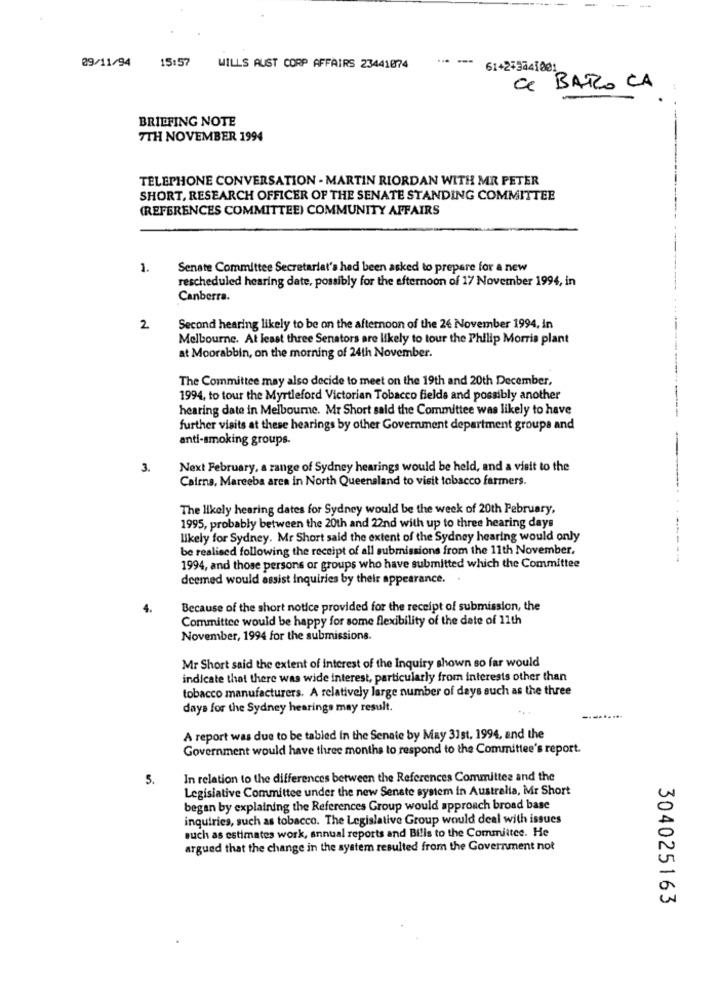
--
29/11/94
15:57
WILLS AUST CORP AFFAIRS 23441074
61+243441001
Ce BARRO LA
BRIEFING NOTE
7TH NOVEMBER 1994
TELEPHONE CONVERSATION - MARTIN RIORDAN WITH MR PETER
SHORT, RESEARCH OFFICER OF THE SENATE STANDING COMMITTEE
(REFERENCES COMMITTEE) COMMUNITY AFFAIRS
1.
Senate Committee Secretariat's had been asked to prepare for a new
rescheduled hearing date, possibly for the afternoon of 17 November 1994, in
Canberra.
2
Second hearing likely to be on the afternoon of the 26 November 1994, In
Melbourne. At least three Senators are likely to tour the Philip Morris plant
at Moorabbin, on the morning of 24th November.
The Committee may also decide to meet on the 19th and 20th December,
1994, to tour the Myrtleford Victorian Tobacco fields and possibly another
hearing date in Melbourne. Mr Short said the Committee was likely to have
further visits at these hearings by other Government department groups and
anti-smoking groups.
3.
Next February, a range of Sydney hearings would be held, and a visit to the
Cairns, Mareeba area in North Queensland to visit tobacco farmers.
The likely hearing dates for Sydney would be the week of 20th February,
1995, probably between the 20th and 22nd with up to three hearing days
likely for Sydney. Mr Short said the extent of the Sydney hearing would only
be realised following the receipt of all submissions from the 11th November,
1994, and those persons or groups who have submitted which the Committee
deemed would assist inquiries by their appearance.
4.
Because of the short notice provided for the receipt of submission, the
Committee would be happy for some flexibility of the date of 11th
November, 1994 for the submissions.
Mr Short said the extent of interest of the Inquiry shown so far would
indicate that there was wide interest, particularly from interests other than
tobacco manufacturers. A relatively large number of days such as the three
days for the Sydney hearings may result.
A report was due to be tabled in the Senate by May 31st, 1994, and the
Government would have three months to respond to the Committee's report.
5.
In relation to the differences between the References Committee and the
Legislative Committee under the new Senate system in Australia, Mr Short
began by explaining the References Group would approach broad base
inquiries, such as tobacco. The Legislative Group would deal with issues
such as estimates work, annual reports and Bilis to the Committee. He
argued that the change in the system resulted from the Government not
304025163